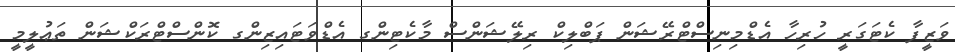
ވަޒީފާ ކެޓަގަރީ ހުރިހާ އެޑްމިނިސްޓްރޭޝަން ޕަބްލިކް ރިލޭޝަންސް މާކެޓިންގ އެޑްވަޓައިޒިންގ ކޮންސްޓްރަކްޝަން ތަޢުލީމީ